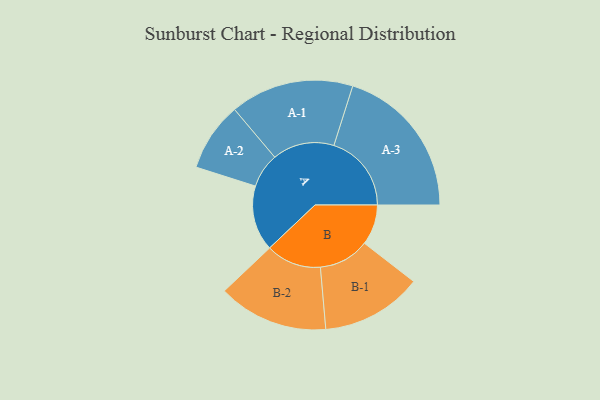
{"axis": {"x": "Segment", "y": "Value"}, "legend": ["", "A", "B"], "data": [{"x": "A", "y": 199, "type": ""}, {"x": "B", "y": 123, "type": ""}, {"x": "A-1", "y": 188, "type": "A"}, {"x": "A-2", "y": 105, "type": "A"}, {"x": "A-3", "y": 236, "type": "A"}, {"x": "B-1", "y": 154, "type": "B"}, {"x": "B-2", "y": 168, "type": "B"}]}